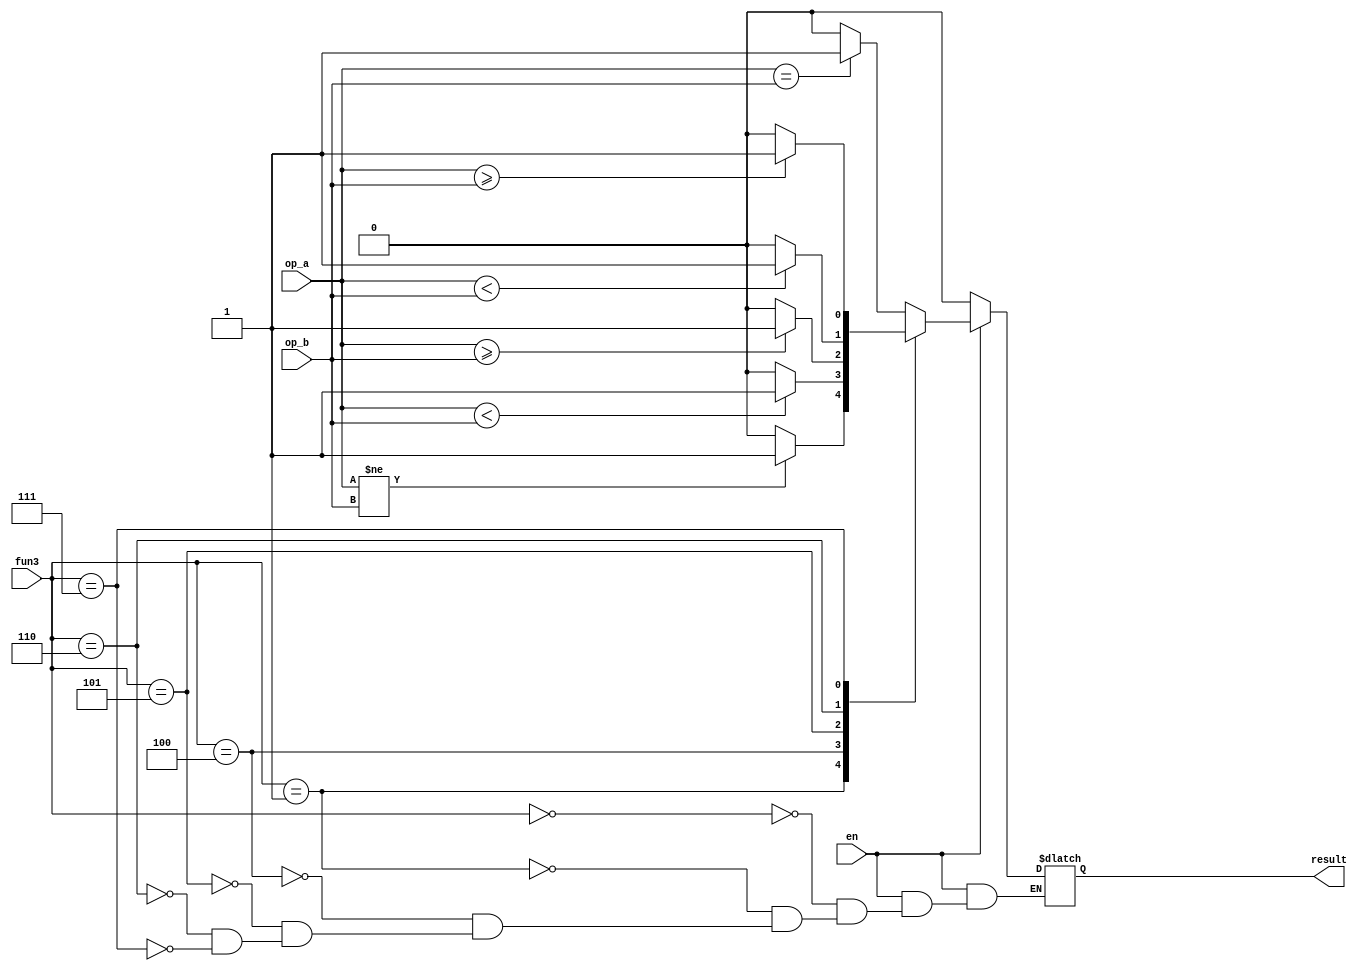
module branch (op_a,op_b,fun3,en,result);

   input [31:0]op_a,op_b;
   input [2:0]fun3;
   input en;

   output reg result;

   always @(*) begin
      if(en==1)begin
         case (fun3)
            3'b000 : result = (op_a == op_b) ? 1 : 0 ;
            3'b001 : result = (op_a != op_b) ? 1 : 0 ;
            3'b100 : result = ($signed (op_a) < $signed (op_b)) ? 1 : 0 ;
            3'b101 : result = ($signed (op_a) >= $signed (op_b)) ? 1 : 0 ;
            3'b110 : result = (op_a < op_b) ? 1 : 0 ;
            3'b111 : result = (op_a >= op_b) ? 1 : 0 ;
         endcase
      end
      else begin
         result = 0;
      end
   end
   
endmodule